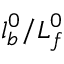
l _ { b } ^ { 0 } / L _ { f } ^ { 0 }